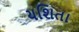
યશિતા